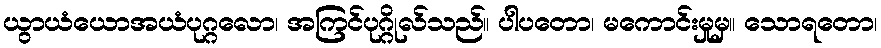
ယွာယံယောအယံပုဂ္ဂလော၊ အကြင်ပုဂ္ဂိုလ်သည်။ ပါပတော၊ မကောင်းမှုမှ။ သောရတော၊